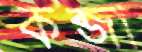
কব্জা